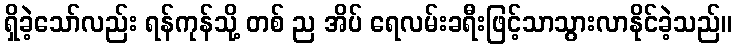
ရှိခဲ့သော်လည်း ရန်ကုန်သို့ တစ် ည အိပ် ရေလမ်းခရီးဖြင့်သာသွားလာနိုင်ခဲ့သည်။